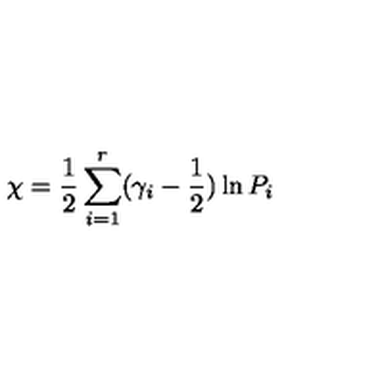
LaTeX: \chi = \frac 1 2 \sum _ { i = 1 } ^ { r } ( \gamma _ { i } - \frac 1 2 ) \ln P _ { i }